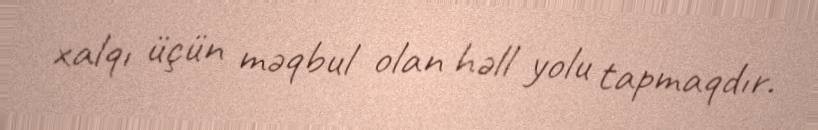
xalqı üçün məqbul olan həll yolu tapmaqdır.